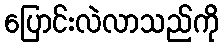
ပြောင်းလဲလာသည်ကို